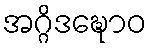
အဂ္ဂိဒဍ္ဎောဝ